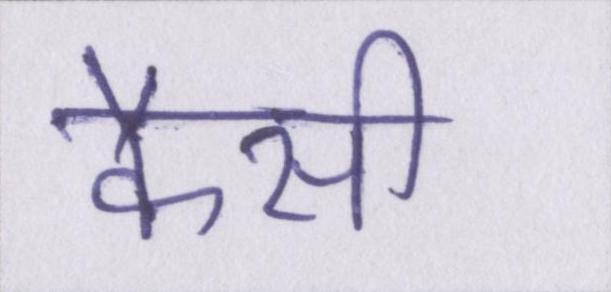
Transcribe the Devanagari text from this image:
कैसी